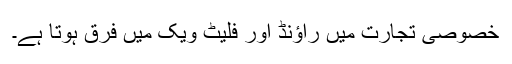
خصوصی تجارت میں راؤنڈ اور فلیٹ ویک میں فرق ہوتا ہے۔